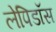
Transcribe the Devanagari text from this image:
लेपिडॉस